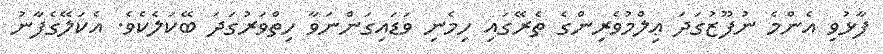
ފާޅުވި އެންމެ ނުފޫޒުގަދަ ޢިލްމުވެރިންގެ ތެރޭގައި ހިމެނި ވަޑައިގަންނަވާ ހިތްވަރުގަދަ ބޭކަލެކެވެ. އެކަލޭގެފާނު